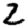
Digit: 2